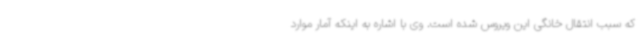
که سبب انتقال خانگی این ویروس شده است. وی با اشاره به اینکه آمار موارد